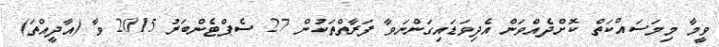
ވީމާ މިމަސައްކަތް ކޮށްދެއްވަން އެދިވަޑައިގަންނަވާ ފަރާތްތަކުން 27 ސެޕްޓެންބަރު 2015 ވާ (އާދީއްތަ)